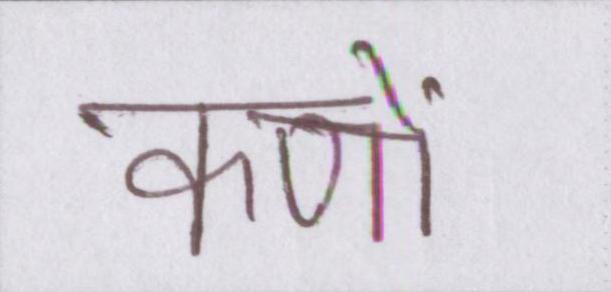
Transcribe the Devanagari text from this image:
कणों